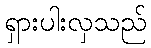
ရှားပါးလှသည်